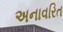
અનાવરિત